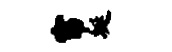
帘埏